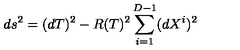
d s ^ { 2 } = ( d T ) ^ { 2 } - R ( T ) ^ { 2 } \sum _ { i = 1 } ^ { D - 1 } ( d X ^ { i } ) ^ { 2 }